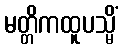
မတ္တိကထူပသ္မိံ